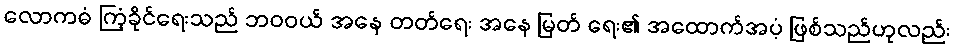
လောကဓံ ကြံ့ခိုင်ရေးသည် ဘဝဝယ် အနေ တတ်ရေး အနေ မြတ် ရေး၏ အထောက်အပံ့ ဖြစ်သည်ဟုလည်း